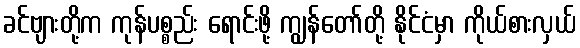
ခင်ဗျားတို့က ကုန်ပစ္စည်း ရောင်းဖို့ ကျွန်တော်တို့ နိုင်ငံမှာ ကိုယ်စားလှယ်